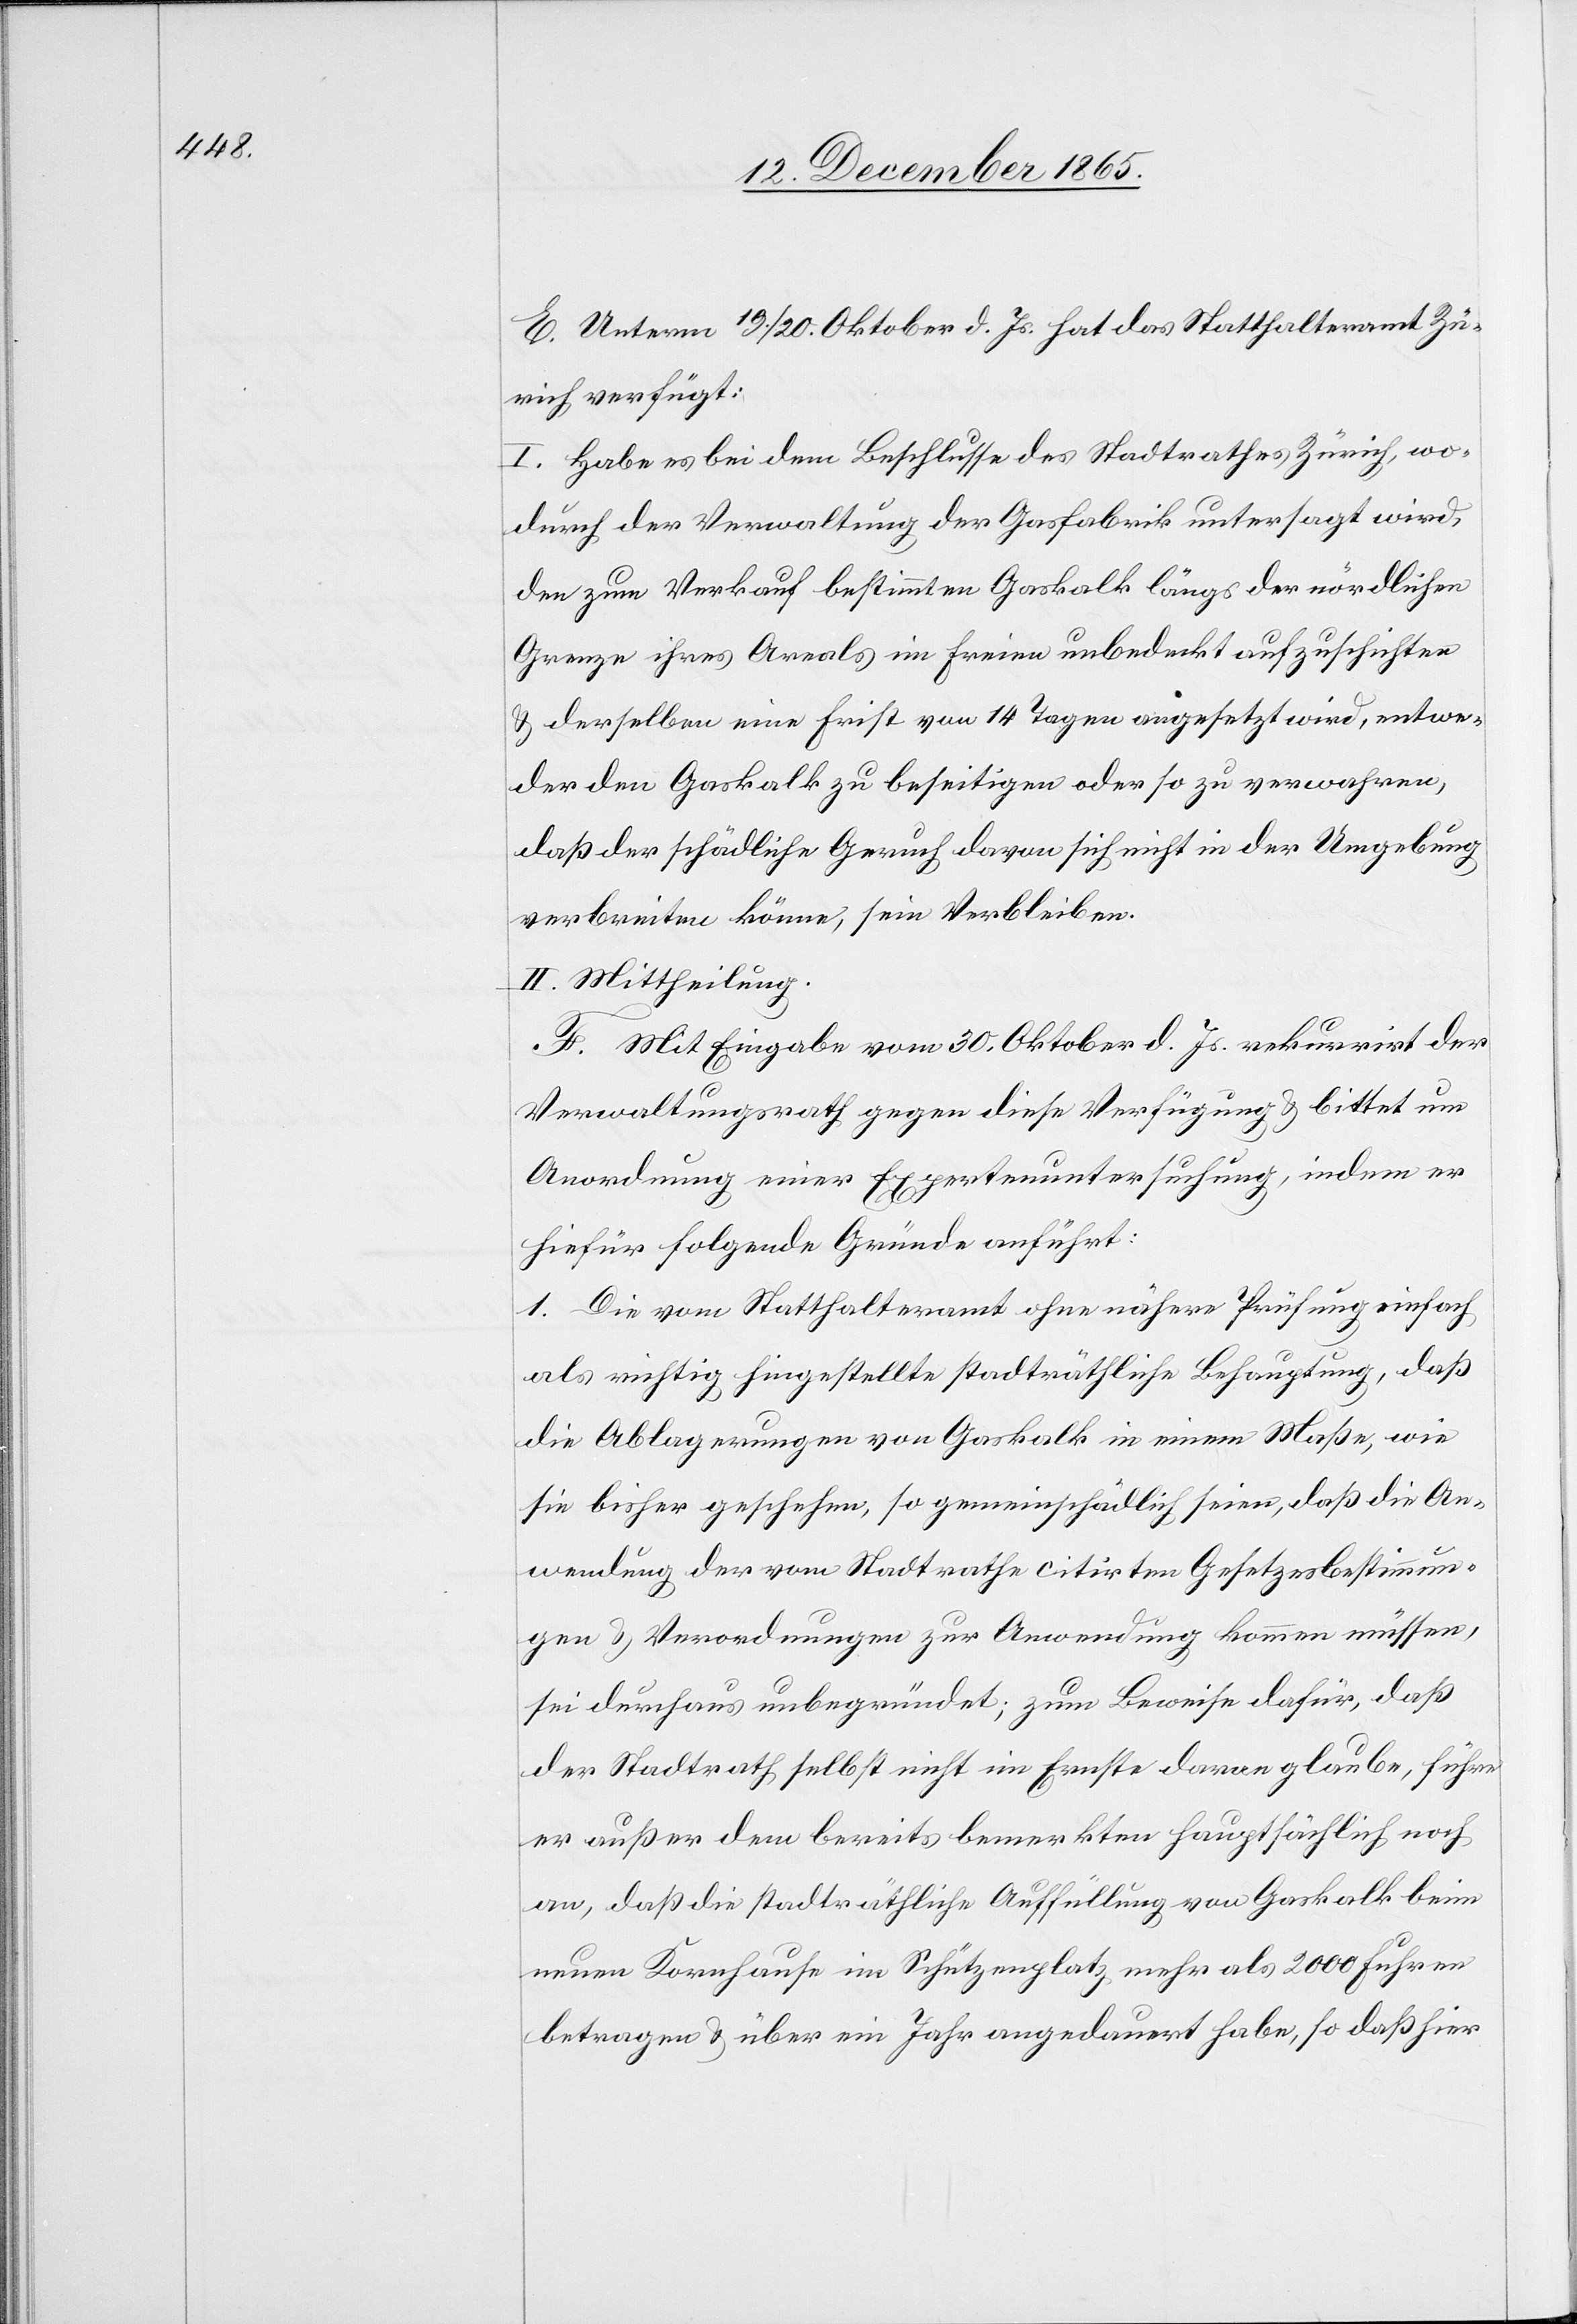
E. Unterm 19./20. Oktober d. Js. hat das Statthalteramt Zü¬
rich verfügt:
I. Habe es bei dem Beschlusse des Stadtrathes Zürich, wo¬
durch der Verwaltung der Gasfabrik untersagt wird,
den zum Verkauf bestimmten Gaskalk längs der nördlichen
Grenze ihres Areals im Freien unbedeckt aufzuschichten
& derselben eine Frist von 14 Tagen angesetzt wird, entwe¬
der den Gaskalk zu beseitigen oder so zu verwahren,
daß der schädliche Geruch davon sich nicht in der Umgebung
verbreiten könne, sein Verbleiben.
II. Mittheilung.
F. Mit Eingabe vom 30. Oktober d. Js. rekurrirt der
Verwaltungsrath gegen diese Verfügung & bittet um
Anordnung einer Expertenuntersuchung, indem er
hiefür folgende Gründe anführt:
1. Die vom Statthalteramt ohne nähere Prüfung einfach
als richtig hingestellte stadträthliche Behauptung, daß
die Ablagerungen von Gaskalk in einem Maße, wie
sie bisher geschehen, so gemeinschädlich seien, daß die An¬
wendung der vom Stadtrathe citirten Gesetzesbestimmun¬
gen & Verordnungen zur Anwendung kommen müssen,
sei durchaus unbegründet: zum Beweise dafür, daß
der Stadtrath selbst nicht im Ernste daran glaube, führe
er außer dem bereits bemerkten hauptsächlich noch
an, daß die stadträthliche Auffüllung von Gaskalk beim
neuen Kornhause im Schützenplatz mehr als 2000 Fuhren
betragen & über ein Jahr angedauert habe, so daß hier